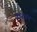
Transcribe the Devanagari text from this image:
काटवन